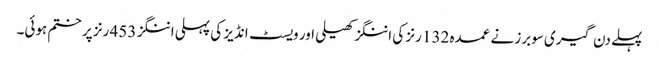
پہلے دن گیری سوبرز نے عمدہ 132 رنز کی اننگز کھیلی اور ویسٹ انڈیز کی پہلی اننگز 453 رنز پر ختم ہوئی۔